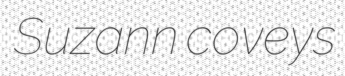
Suzann coveys